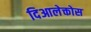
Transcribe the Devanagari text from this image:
दिआलेक्तोस